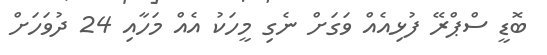
ބޮޑީ ސްޕްރޭ ފުޅިއެއް ވަގަށް ނެގި މީހަކު އެއް މަހާއި 24 ދުވަހަށް